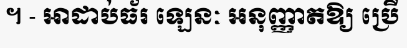
។ - អាដាប់ធ័រ ឡេនៈ អនុញ្ញាតឱ្យ ប្រើ